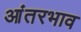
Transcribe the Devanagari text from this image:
आंतरभाव